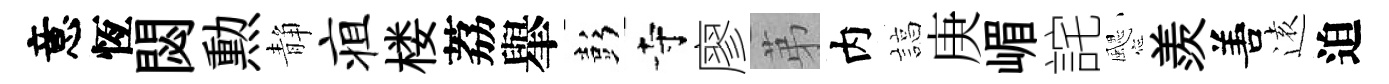
意恆閟勲静疽楼荔𦦙彭寺廖苐内諄庚嵋詫颸羨𠵊逺迫